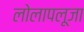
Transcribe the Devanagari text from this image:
लोलापलूजा